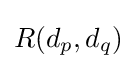
R(d_{p},d_{q})